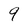
Character: 9